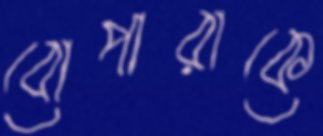
বোপারাকে